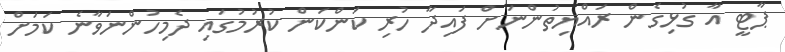
ޕާޓީ އާ ގުޅިގެން ރައްޔިތުންނަށް ފައިދާ ހުރި ކަންކަން ކުރުމުގައި ދެމިހުންނަވާނެ ކަމަށް